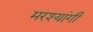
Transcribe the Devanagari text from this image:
मरश्यांगी